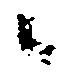
ニ